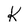
Character: k